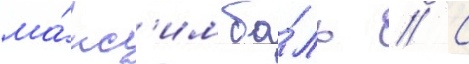
ма́кс'им ба́ль // С